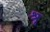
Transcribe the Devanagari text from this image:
श्रृ